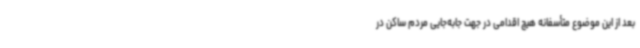
بعد از این موضوع متأسفانه هیچ اقدامی در جهت جابه‌جایی مردم ساکن در